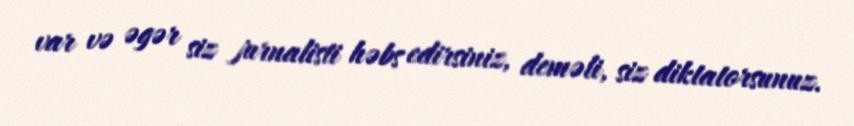
var və əgər siz jurnalisti həbs edirsiniz, deməli, siz diktatorsunuz.